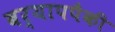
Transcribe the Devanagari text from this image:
बर्यापपैकी